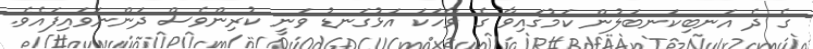
ގެ ދެ އަނބިކަނބަލުން ކަމުގައިވާ ގެ ވާހަކަ އަޅުގަނޑު ވަނީ ކުރިންވެސް ދަންނަވައިފައެވެ.